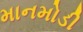
માનમોડી